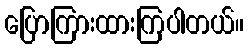
ပြောကြားထားကြပါတယ်။